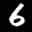
Label: 6